Leningradi_Edasi_toimetus, lk 170
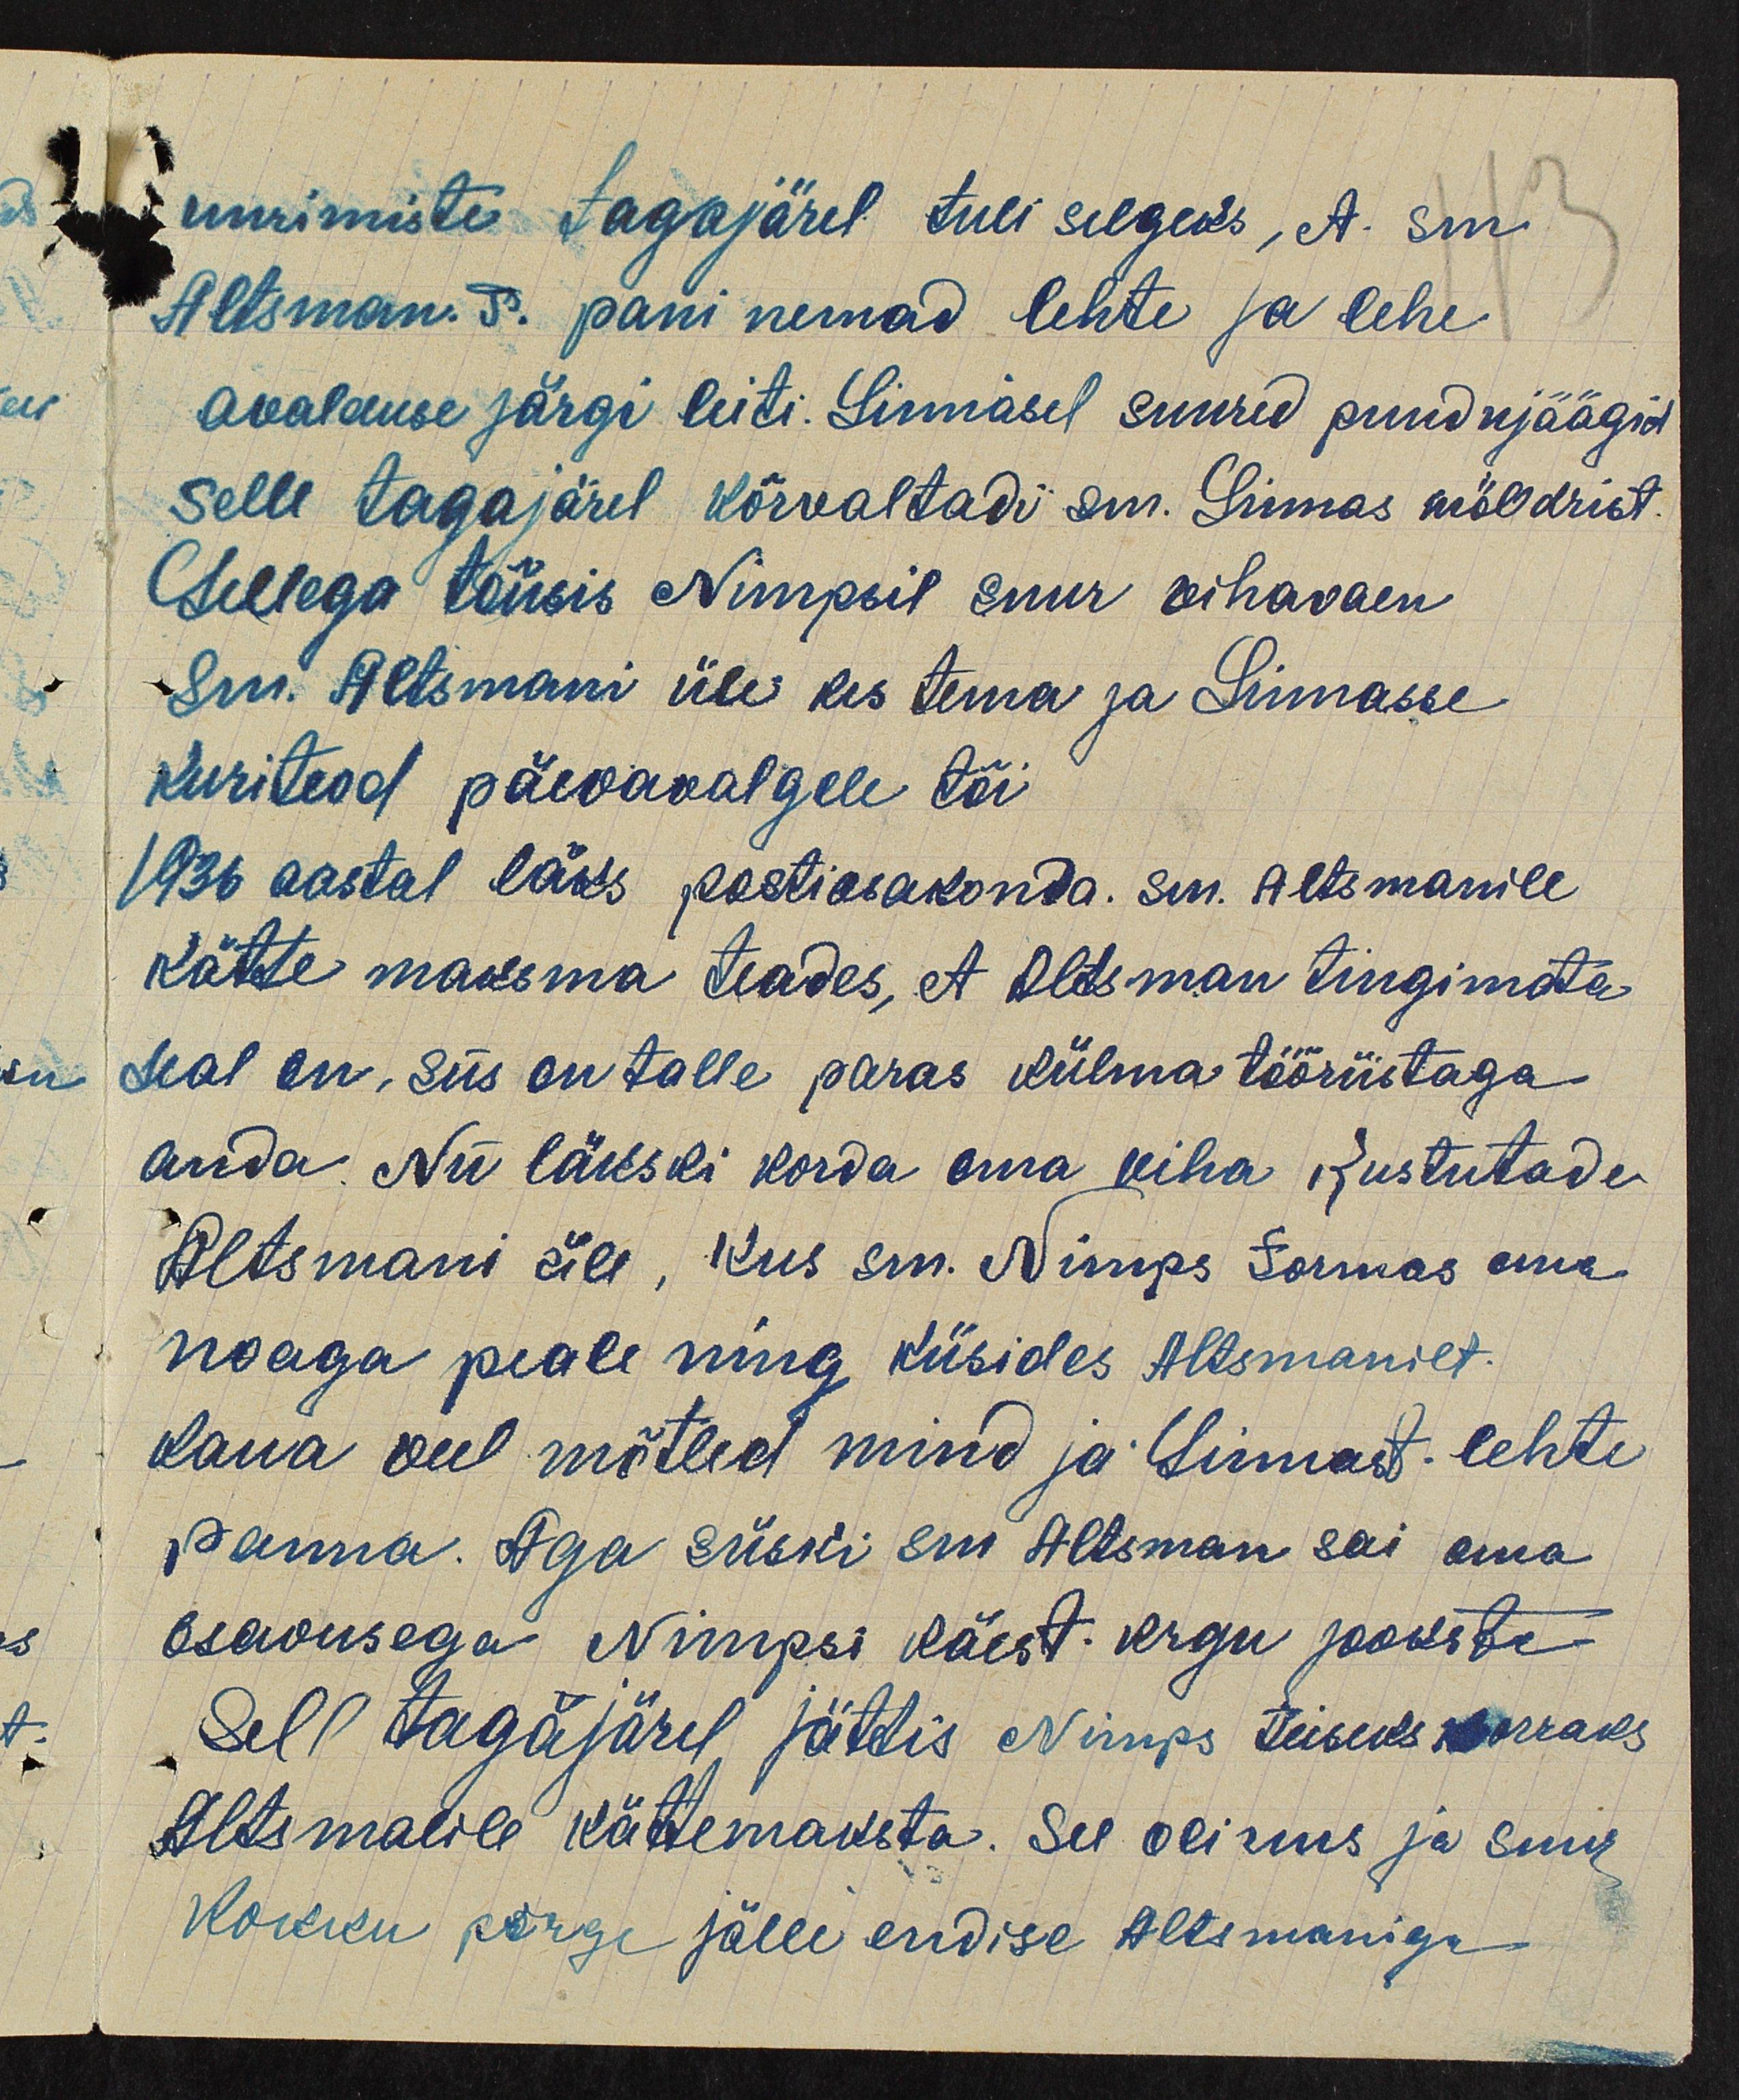
uurimiste tagajärel tuli selgeks, A. sm.
Altsman. S. pani nemad lehte ja lehe
avalduse järgi leiti. Linnasel suured puudujäägid
selle tagajärel kõrvaltadi sm. Linnas möledrist.
Sellega tõusis Nimpsil suur vihavaen
Sni. Altsmani üle kes tema ja Linnasse
kuriteod päevavalgele tõi
1936 aastal läks postiasakonda sm. Altsmanile
kätte maksma teades, et Oltsman tingimata
seal on, siis on talle paras külma tööriistaga
anda. Nii läkski korda oma viha kustutade
Altsmani üle, kus sm. Nimps Tormas oma
noaga peale ning küsides Altsmaniet.
kaua veel mõtled mind ja Linnast lehte
panna. Aga siiski sm Altsman sai oma
osavusega Nimpsi käest. Kogu jooksta
Sel tagäjärel jättis Nimps teiseks korraks
Altsmalile kättemaksta. See olinus ja suur
kokku kõrge jälle endise Altsmaniga